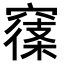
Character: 𥧽